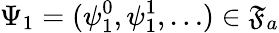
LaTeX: \Psi_{1}=(\psi_{1}^{0},\psi_{1}^{1},\ldots)\in\mathfrak{F}_{a}